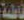
فاطمة